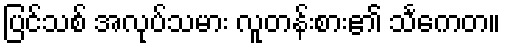
ပြင်သစ် အလုပ်သမား လူတန်းစား၏ သင်္ကေတ။